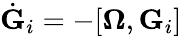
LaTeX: \dot{\mathbf G}_{i}=-[{\boldsymbol\Omega},{\mathbf G}_{i}]